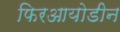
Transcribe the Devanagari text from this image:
फिरआयोडीन